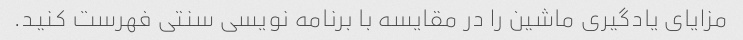
مزایای یادگیری ماشین را در مقایسه با برنامه نویسی سنتی فهرست کنید.